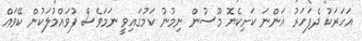
އަހަރަކު ދެފަހަރު އަންނަ ކަށިކެޔޮ މޫސުން ނިމުނު ކަމުގައިވީ ނަމަވެސް ފުވައްމުލަކުން ކޭވައް